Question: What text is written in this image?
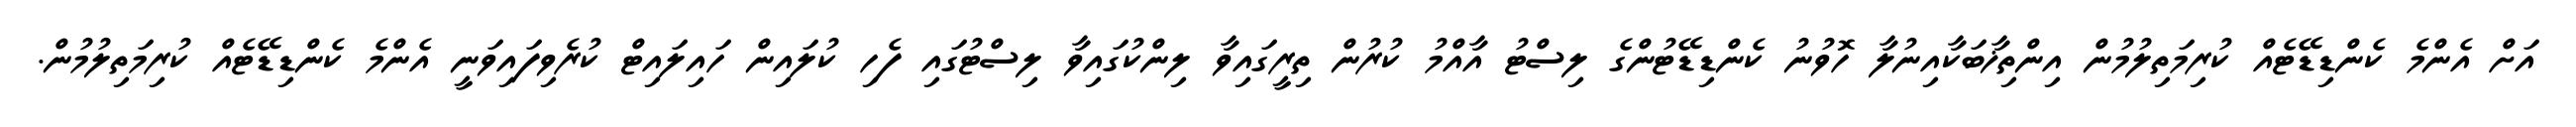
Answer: އަށް އެންމެ ކެންޑިޑޭޓެއް ކުރިމަތިލުމުން އިންތިޚާބަކާއިނުލާ ހޮވުނު ކެންޑިޑޭޓުންގެ ލިސްޓު އާއްމު ކުރުން ތިރީގައިވާ ލިންކުގައިވާ ލިސްޓުގައި ފެހި ކުލައިން ހައިލައިޓް ކުރެވިފައިވަނީ އެންމެ ކެންޑިޑޭޓެއް ކުރިމަތިލުމުން.